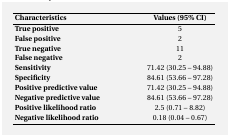
<table><thead><tr><td><b>Characteristics </b></td><td><b>Values (95% CI)</b></td></tr></thead><tbody><tr><td><b>True positive</b></td><td>5</td></tr><tr><td><b>False positive</b></td><td>2</td></tr><tr><td><b>True negative</b></td><td>11</td></tr><tr><td><b>False negative</b></td><td>2</td></tr><tr><td><b>Sensitivity </b></td><td>71.42 (30.25 – 94.88)</td></tr><tr><td><b>Specificity </b></td><td>84.61 (53.66 – 97.28)</td></tr><tr><td><b>Positive predictive value </b></td><td>71.42 (30.25 – 94.88)</td></tr><tr><td><b>Negative predictive value</b></td><td>84.61 (53.66 – 97.28)</td></tr><tr><td><b>Positive likelihood ratio</b></td><td>2.5 (0.71 – 8.82)</td></tr><tr><td><b>Negative likelihood ratio</b></td><td>0.18 (0.04 – 0.67)</td></tr></tbody></table>